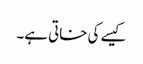
کیسے کی خاتی ہے۔